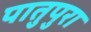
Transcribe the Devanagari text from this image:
पातुपुरा